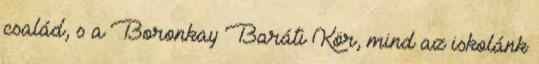
család, s a Boronkay Baráti Kör, mind az iskolánk